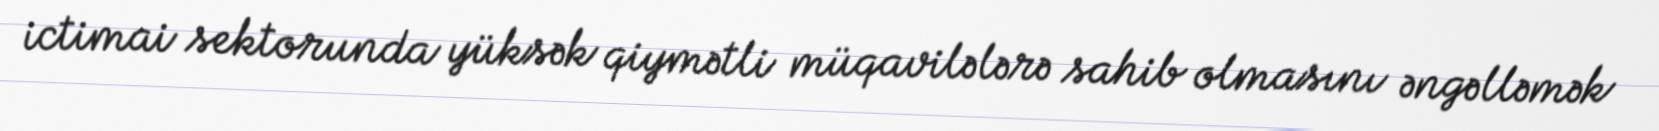
ictimai sektorunda yüksək qiymətli müqavilələrə sahib olmasını əngəlləmək